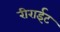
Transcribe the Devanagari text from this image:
रीराईट